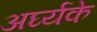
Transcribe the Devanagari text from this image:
अर्घ्यके